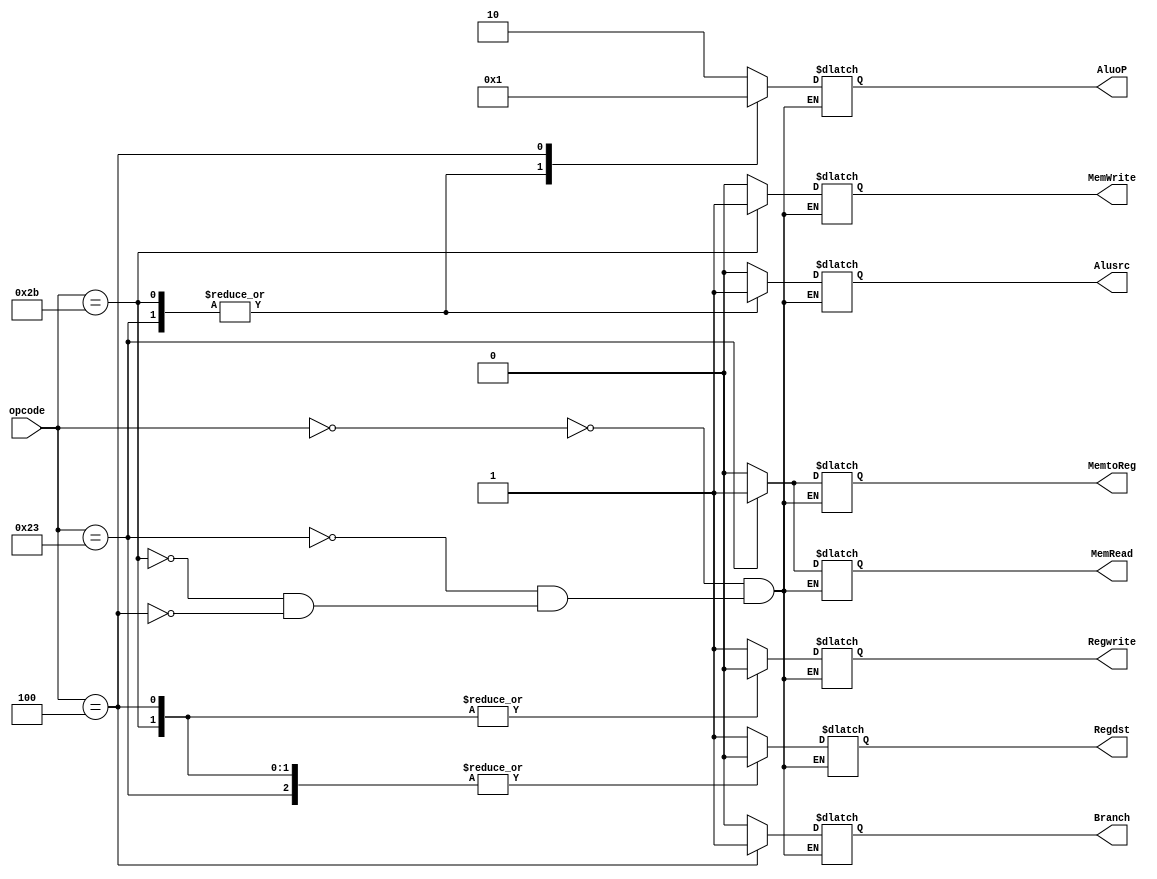
module ControlUnit(opcode,Regdst,Alusrc,MemtoReg,Regwrite,MemRead,MemWrite,Branch,AluoP);


 input [5:0] opcode;
 output reg Regdst,Alusrc,MemtoReg,Regwrite,MemRead,MemWrite,Branch;
 output reg [1:0] AluoP;
 
 always @* begin
 case(opcode)
 6'b000000: begin
	Regdst<=1;
	Alusrc<=0;
	MemtoReg<=0;
	Regwrite<=1;
	MemRead<=0;
	MemWrite<=0;
	Branch<=0;
	AluoP=2'b10; end
 6'b100011: begin
	Regdst<=0;
	Alusrc<=1;
	MemtoReg<=1;
	Regwrite<=1;
	MemRead<=1;
	MemWrite<=0;
	Branch<=0;
	AluoP=2'b00;
	end
 6'b101011: begin
	Regdst<=0;
	Alusrc<=1;
	MemtoReg<=0;
	Regwrite<=0;
	MemRead<=0;
	MemWrite<=1;
	Branch<=0;
	AluoP<=2'b00;
	 end
 6'b000100: begin
	Regdst<=0;
	Alusrc<=0;
	MemtoReg<=0;
	Regwrite<=0;
	MemRead<=0;
	MemWrite<=0;
	Branch<=1;
	AluoP<=2'b01;
	 end
	
	endcase
	
 end




endmodule